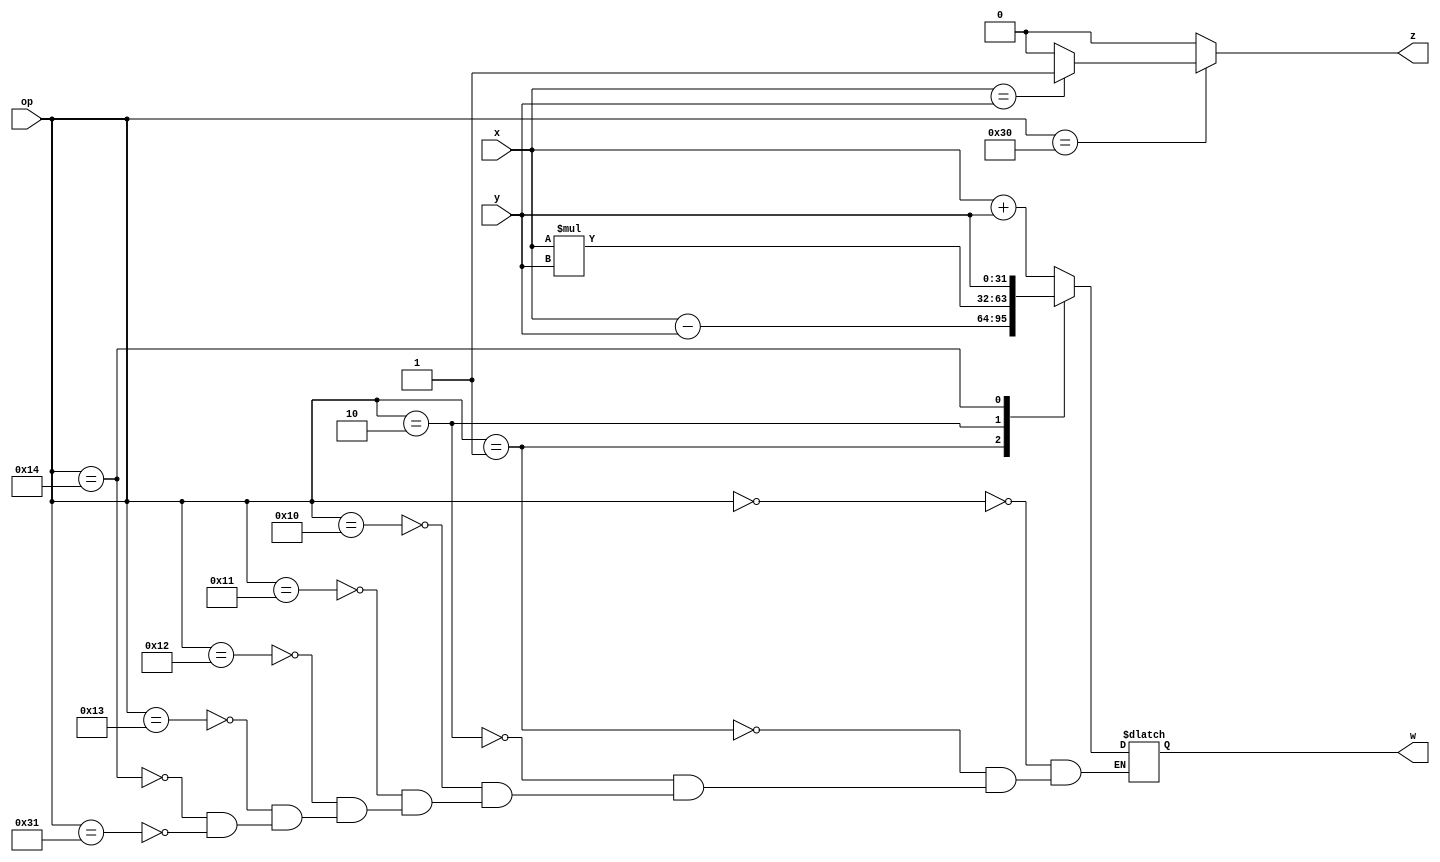

module alu(op, x, y, w, z);

input [6:0] op;
input [31:0] x, y;
output reg [31:0] w;
output reg z;

initial begin
	w = 32'd0;
end

always @(*) begin
	z <= 0;
	case (op)
/* ADD */	7'b0000000: w <= x + y;
/* SUB */   7'b0000001: w <= x - y;			
/* MUL */	7'b0000010: w <= x * y;	//De moment 1 cicle, quan segmentat = 5 cicles (simul perque alu es bloqueja)	
/* LDB */   7'b0010000: w <= x+y;
/* LDW */   7'b0010001: w <= x+y;
/* STB */   7'b0010010: w <= x+y;
/* STW */   7'b0010011: w <= x+y;
/* MOV */   7'b0010100: w <= y;
/* BEQ */   7'b0110000: 
					if(x == y)
						z <= 1;
					else
						z <= 0;
/* JMP */   7'b0110001: w <= x+y;
/*TLBWrite  7'b0110010:*/ 
		default: 
		begin
			$display("Unkown operation");
		end
	endcase
end

//z = tmb es fa servir per branch
//si es tracta 'op aritmetica 
//unitat add tambe
//st,lb,beq,
//mov-jump pasen pero sha de fer res
endmodule